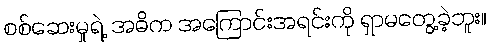
စစ်ဆေးမှုရဲ့ အဓိက အကြောင်းအရင်းကို ရှာမတွေ့ခဲ့ဘူး။